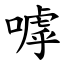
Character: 嘑